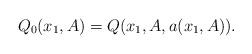
LaTeX: \begin{align*} Q_0(x_1,A)=Q(x_1,A,a(x_1, A)).\end{align*}